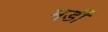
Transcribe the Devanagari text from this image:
मर्डी